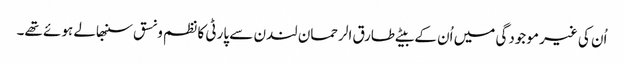
اُن کی غیر موجودگی میں اُن کے بیٹے طارق الرحمان لندن سے پارٹی کا نظم ونسق سنبھالے ہوئے تھے۔